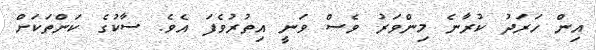
އިން ހަރަދު ކުރާނެ މިންވަރު ވެސް ވަނީ އިތުރުވެފަ އެވެ. ސާކުގެ ކަންތަކަށް